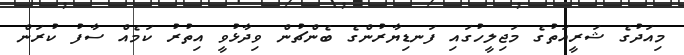
މިއަދުގެ ޝަރީއަތުގެ މަޖިލީހުގައި ފަނޑިޔާރުންގެ ބެންޗުން ވިދާޅުވީ އިތުރު ކަމެއް ސާފު ކުރަން